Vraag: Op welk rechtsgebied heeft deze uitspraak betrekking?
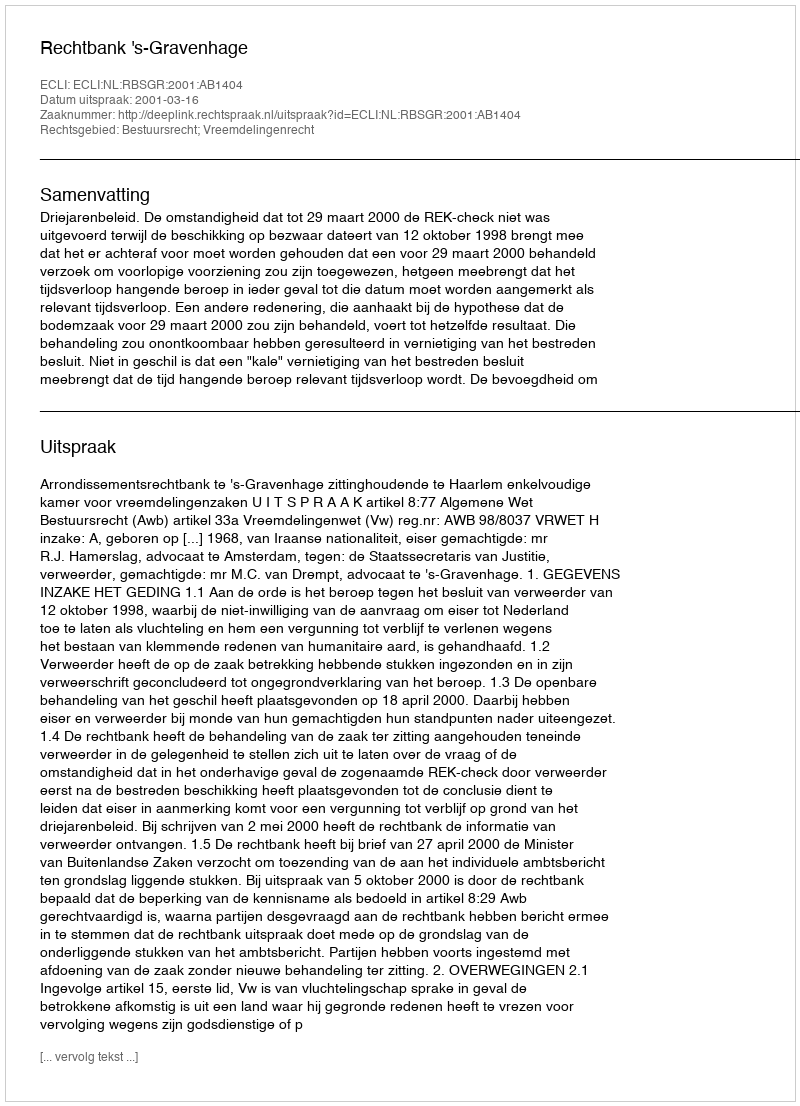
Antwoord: Bestuursrecht; Vreemdelingenrecht